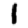
Digit: 1